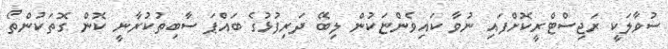
ސުވާލަކީ ރަޖިސްޓްރީކޮށްފައި ނުވާ ކައިވެންޏަކުން ލިބޭ ދަރިފުޅުގެ ބައްޕަ ސާބިތުކުރާނީ ކޮން ގޮތަކުންތޯ